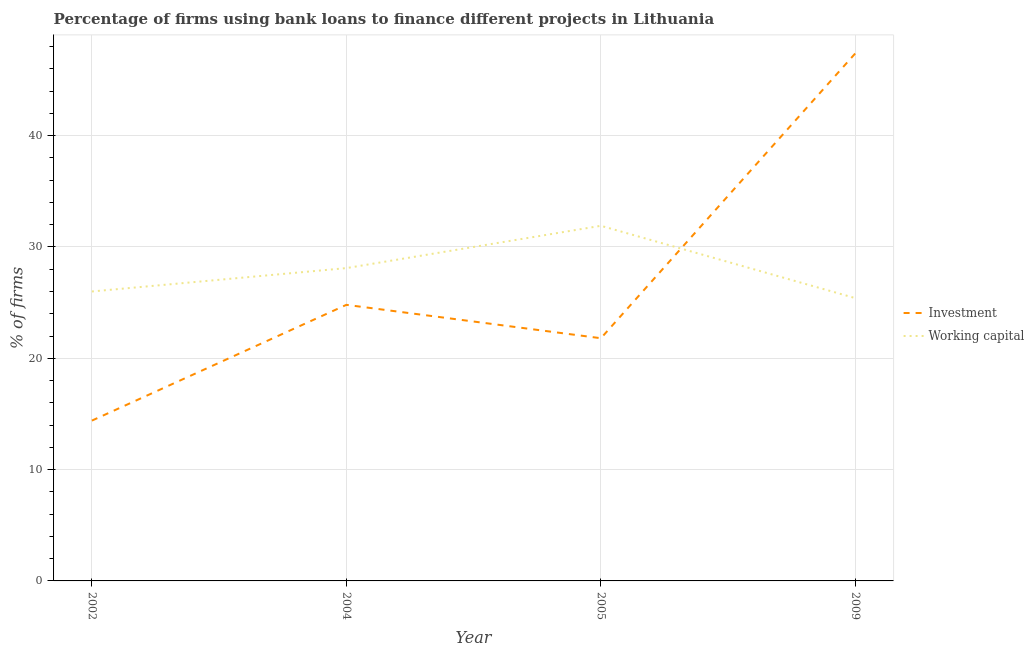
| Year | Investment | Working capital |
 | --- | --- | --- |
 | 2002 | 14.4 | 26 |
 | 2004 | 24.8 | 28.1 |
 | 2005 | 21.8 | 31.9 |
 | 2009 | 47.4 | 25.4 |